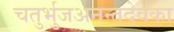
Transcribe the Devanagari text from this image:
चतुर्भुजअनन्तदेवका